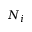
N _ { i }